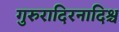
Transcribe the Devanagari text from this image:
गुरुरादिरनादिश्च